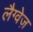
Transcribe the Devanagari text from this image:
लैग्वेज़